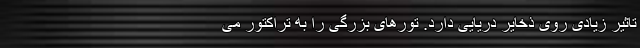
تاثیر زیادی روی ذخایر دریایی دارد. تور‌های بزرگی را به تراکتور می